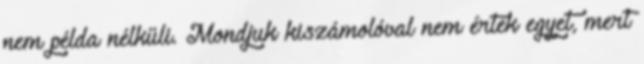
nem példa nélküli. Mondjuk kiszámolóval nem értek egyet, mert